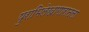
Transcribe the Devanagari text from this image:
पुराभिलेखागारातला